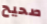
صحيح